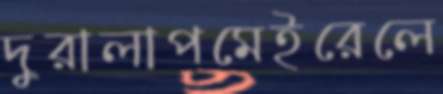
দুরালাপমেইরেলে